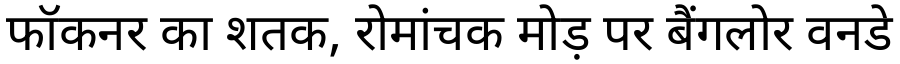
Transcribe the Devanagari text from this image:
फॉकनर का शतक, रोमांचक मोड़ पर बैंगलोर वनडे